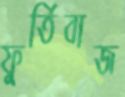
ফুর্তিবাজ